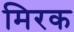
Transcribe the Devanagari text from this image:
मिरक